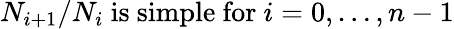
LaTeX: N_{i+1}/N_{i}{\mathrm{~is~simple~for~}}i=0,\dots,n-1